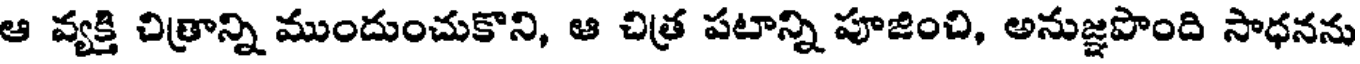
ఆ వ్యక్తి చిత్రాన్ని ముందుంచుకొని, ఆ చిత్ర పటాన్ని పూజించి, అనుజ్ఞపొంది సాధనను